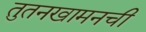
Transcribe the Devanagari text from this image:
तुतनखामनची